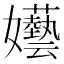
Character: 𡤦